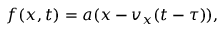
f ( x , t ) = a ( x - v _ { x } ( t - \tau ) ) ,